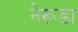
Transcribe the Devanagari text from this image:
नेरूडा